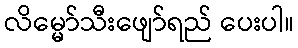
လိမ္မော်သီးဖျော်ရည် ပေးပါ။